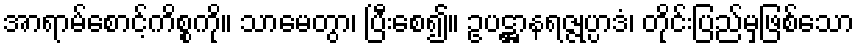
အာရာမ်စောင့်ကိစ္စကို။ သာမေတွာ၊ ပြီးစေ၍။ ဥပဋ္ဌာနရဇ္ဇုပ္ပာဒံ၊ တိုင်းပြည်မှဖြစ်သော